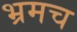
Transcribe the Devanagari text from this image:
भ्रमच